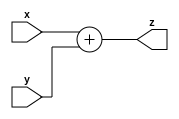
`timescale 1ns / 1ps
//////////////////////////////////////////////////////////////////////////////////
// Company: 
// Engineer: 
// 
// Design Name: 
// Module Name:    adder 
// Project Name: 
// Target Devices: 
// Tool versions: 
// Description: 
//
// Dependencies: 
//
// Revision: 
// Revision 0.01 - File Created
// Additional Comments: 
//
//////////////////////////////////////////////////////////////////////////////////
module adder(
    input [3:0] x,
    input [3:0] y,
    output [4:0] z
	 );
assign z = x + y ;

endmodule